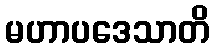
မဟာပဒေသာတိ